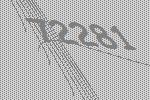
72281